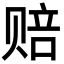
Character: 赔